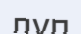
лүп